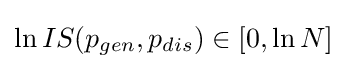
\ln IS(p_{gen},p_{dis})\in [0,\ln N]